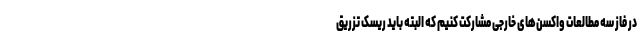
در فاز سه مطالعات واکسن‌های خارجی مشارکت کنیم که البته باید ریسک تزریق